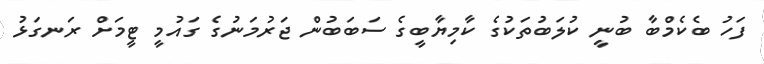
ފަހު ބެކެމްބާ ބުނީ ކުލަބުތަކުގެ ކާމިޔާބީގެ ސަބަބުން ޖަރުމަނުގެ ގައުމީ ޓީމަށް ރަނގަޅު